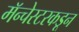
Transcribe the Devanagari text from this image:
मॅन्चेस्टरकडून